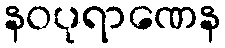
နဝပုရာဏေန